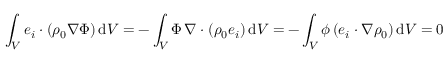
\int _ { V } \boldsymbol { e } _ { i } \boldsymbol { \cdot } ( \rho _ { 0 } \nabla \Phi ) \, \mathrm { d } V = - \int _ { V } \Phi \, \nabla \boldsymbol { \cdot } ( \rho _ { 0 } \boldsymbol { e } _ { i } ) \, \mathrm { d } V = - \int _ { V } \phi \, ( \boldsymbol { e } _ { i } \boldsymbol { \cdot } \nabla \rho _ { 0 } ) \, \mathrm { d } V = 0